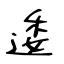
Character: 逶